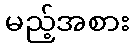
မည့်အစား